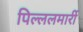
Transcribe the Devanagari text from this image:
पिल्‍ललमार्री